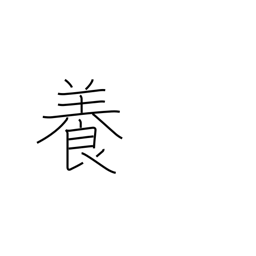
Meaning: nurture